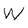
Character: W